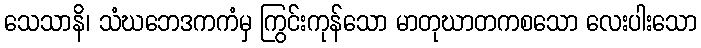
သေသာနိ၊ သံဃဘေဒကကံမှ ကြွင်းကုန်သော မာတုဃာတကစသော လေးပါးသော